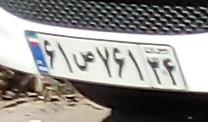
۶۱ص۷۶۱۳۴